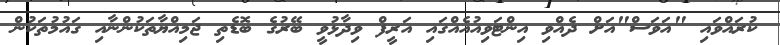
ކުރައްވައި "އަަވަސް"އަށް ދެއްވި އިންޓަވިއުއެއްގައި އަރީފް ވިދާޅުވީ ބޭރުގެ ބޮޑެތި ޖަމިއްޔާތަކުންނާއި ގައުމުތަކުން